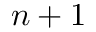
n + 1